Civil Veterinary Department Bihar & Orissa reports 1929-36 - 1929-1936
Year: 1929
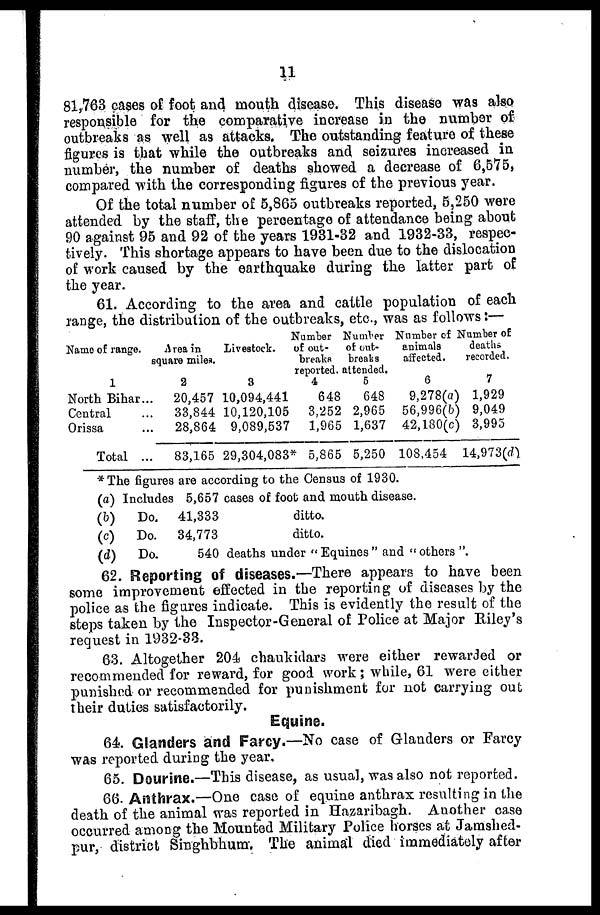
11
81,763 cases of foot and mouth disease. This disease was also
responsible for the comparative increase in the number of
outbreaks as well as attacks. The outstanding feature of these
figures is that while the outbreaks and seizures increased in
number, the number of deaths showed a decrease of 6,575,
compared with the corresponding figures of the previous year.
Of the total number of 5,865 outbreaks reported, 5,250 were
attended by the staff, the percentage of attendance being about
90 against 95 and 92 of the years 1931-32 and 1932-33, respec-
tively. This shortage appears to have been due to the dislocation
of work caused by the earthquake during the latter part of
the year.
61. According to the area and cattle population of each
range, the distribution of the outbreaks, etc., was as follows:—
Name of range.
1
North Bihar...
Central ...
Orissa ...
Total ...
Area in
square miles.
2
20,457
33,844
28,864
83,165
Livestock.
3
10,094,441
10,120,105
9,089,537
29,304,083*
Number
of out-
breaks
reported.
4
648
3,252
1,965
5,865
Number
of out-
breaks
attended.
5
648
2,965
1,637
5,250
Number of
animals
affected.
6
9,278(a)
56,996(b)
42,180(c)
108.454
Number of
deaths
recorded.
7
1,929
9,049
3,995
14,973(d)
* The figures are according to the Census of 1930.
(a)
(b)
(c)
(d)
Includes 5,657 cases of foot and mouth disease.
Do. 41,333
ditto.
Do. 34,773
ditto.
Do.
540 deaths under "Equines" and "others".
62. Reporting of diseases.—There appears to have been
some improvement effected in the reporting of diseases by the
police as the figures indicate. This is evidently the result of the
steps taken by the Inspector-General of Police at Major Riley's
request in 1932-33.
63. Altogether 204 chaukidars were either rewarded or
recommended for reward, for good work; while, 61 were either
punished or recommended for punishment for not carrying out
their duties satisfactorily.
Equine.
64. Glanders and Farcy.—No case of Glanders or Farcy
was reported during the year.
65. Dourine.—This disease, as usual, was also not reported.
66. Anthrax.—One case of equine anthrax resulting in the
death of the animal was reported in Hazaribagh. Another case
occurred among the Mounted Military Police horses at Jamshed-
pur, district Singhbhum. The animal died immediately after